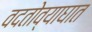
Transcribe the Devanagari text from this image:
वदतोव्याघात